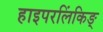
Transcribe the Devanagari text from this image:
हाइपरलिंकिङ्